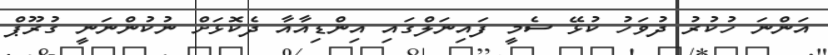
އަންނަ ހުކުރު ދުވަހު ކުޅޭ ސެމީ ފައިނަލްގައި އިންޑިއާއާ ދެކޮޅަށް ނުކުންނަނީ ގުރޫޕް